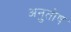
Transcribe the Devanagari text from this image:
अनुुतोष